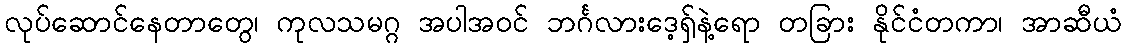
လုပ်ဆောင်နေတာတွေ၊ ကုလသမဂ္ဂ အပါအဝင် ဘင်္ဂလားဒေ့ရှ်နဲ့ရော တခြား နိုင်ငံတကာ၊ အာဆီယံ